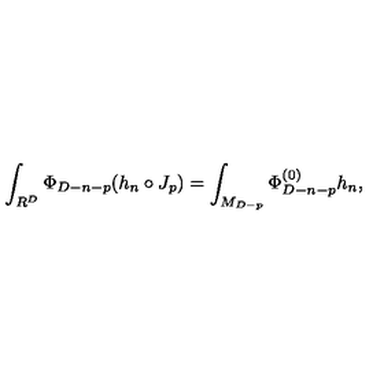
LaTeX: \int _ { R ^ { D } } \Phi _ { D - n - p } ( h _ { n } \circ J _ { p } ) = \int _ { M _ { D - p } } \Phi _ { D - n - p } ^ { ( 0 ) } h _ { n } ,